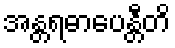
အန္တရဓာပေန္တီတိ